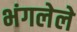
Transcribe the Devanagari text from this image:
भंगलेले